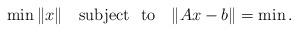
LaTeX: \begin{align*}\min\|x\|\quad{\rm subject \ \ to}\quad\|Ax-b\|=\min.\end{align*}